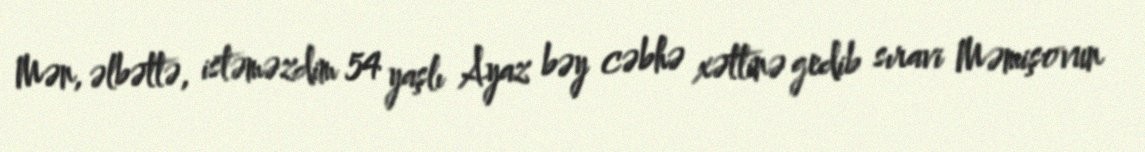
Mən, əlbəttə, istəməzdim 54 yaşlı Ayaz bəy cəbhə xəttinə gedib sıravi Məmişovun